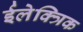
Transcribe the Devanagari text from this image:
ईलेक्त्रिक